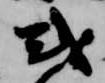
或